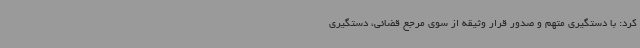
کرد: با دستگیری متهم و صدور قرار وثیقه از سوی مرجع قضائی، دستگیری